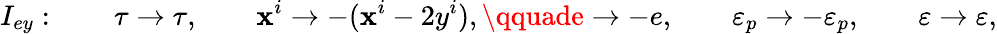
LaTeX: I_{ey}:\qquad\tau\rightarrow\tau,\qquad\mathbf{x}^{i}\rightarrow-(\mathbf{x}^{i}-2y^{i}),\qquade\rightarrow-e,\qquad\varepsilon_{p}\rightarrow-\varepsilon_{p},\qquad\varepsilon\rightarrow\varepsilon,